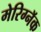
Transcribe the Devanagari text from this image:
मेरिग्नॅक